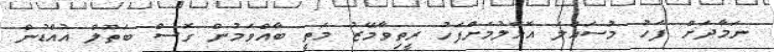
ނަމާދަަށް ފަހު މުސައްލަ އޮޅާލުމަށްފަހު ރީތިވާމޭޒު މަތީ ބާއްވަމުން ގޮސް ބަތޫލް އުއްޑުން